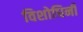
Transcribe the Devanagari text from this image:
विशोधिनी